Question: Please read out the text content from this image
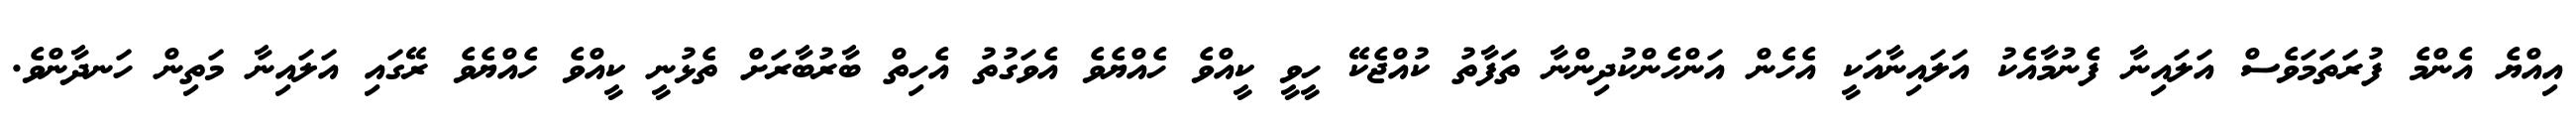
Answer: އިއްޔެ އެންމެ ފުރަތަމަވެސް އަލައިނާ ފެނުމާއެކު އަލައިނާއަކީ އެހެން އަންހެންކުދިންނާ ތަފާތު ކުއްޖެކޭ ހީވީ ކީއްވެ ހެއްޔެވެ އެވަގުތު އެހިތް ބާރުބާރަށް ތެޅުނީ ކީއްވެ ހެއްޔެވެ ރޭގައި އަލައިނާ މަތިން ހަނދާންވެ.